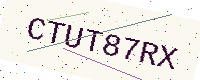
Text: CTUT87RX